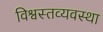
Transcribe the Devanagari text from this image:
विश्वस्तव्यवस्था